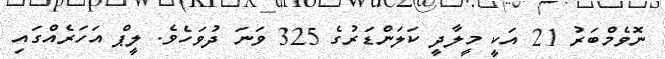
ނޮވެމްބަރު 21 އަކީ މީލާދީ ކަލަންޑަރުގެ 325 ވަނަ ދުވަހެވެ. ލީޕް އަހަރެއްގައި